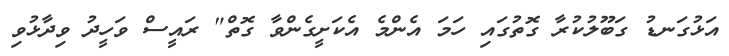
އަޅުގަނޑު ގަބޫލުކުރާ ގޮތުގައި ހަމަ އެންމެ އެކަށީގެންވާ ގޮތް" ރައީސް ވަހީދު ވިދާޅުވި